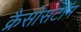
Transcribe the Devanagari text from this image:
क्रैसोसटॉम